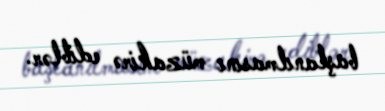
başlanılmasını müzakirə ediblər.